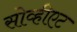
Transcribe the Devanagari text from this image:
सोव्हीएट